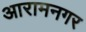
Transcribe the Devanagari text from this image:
आरामनगर